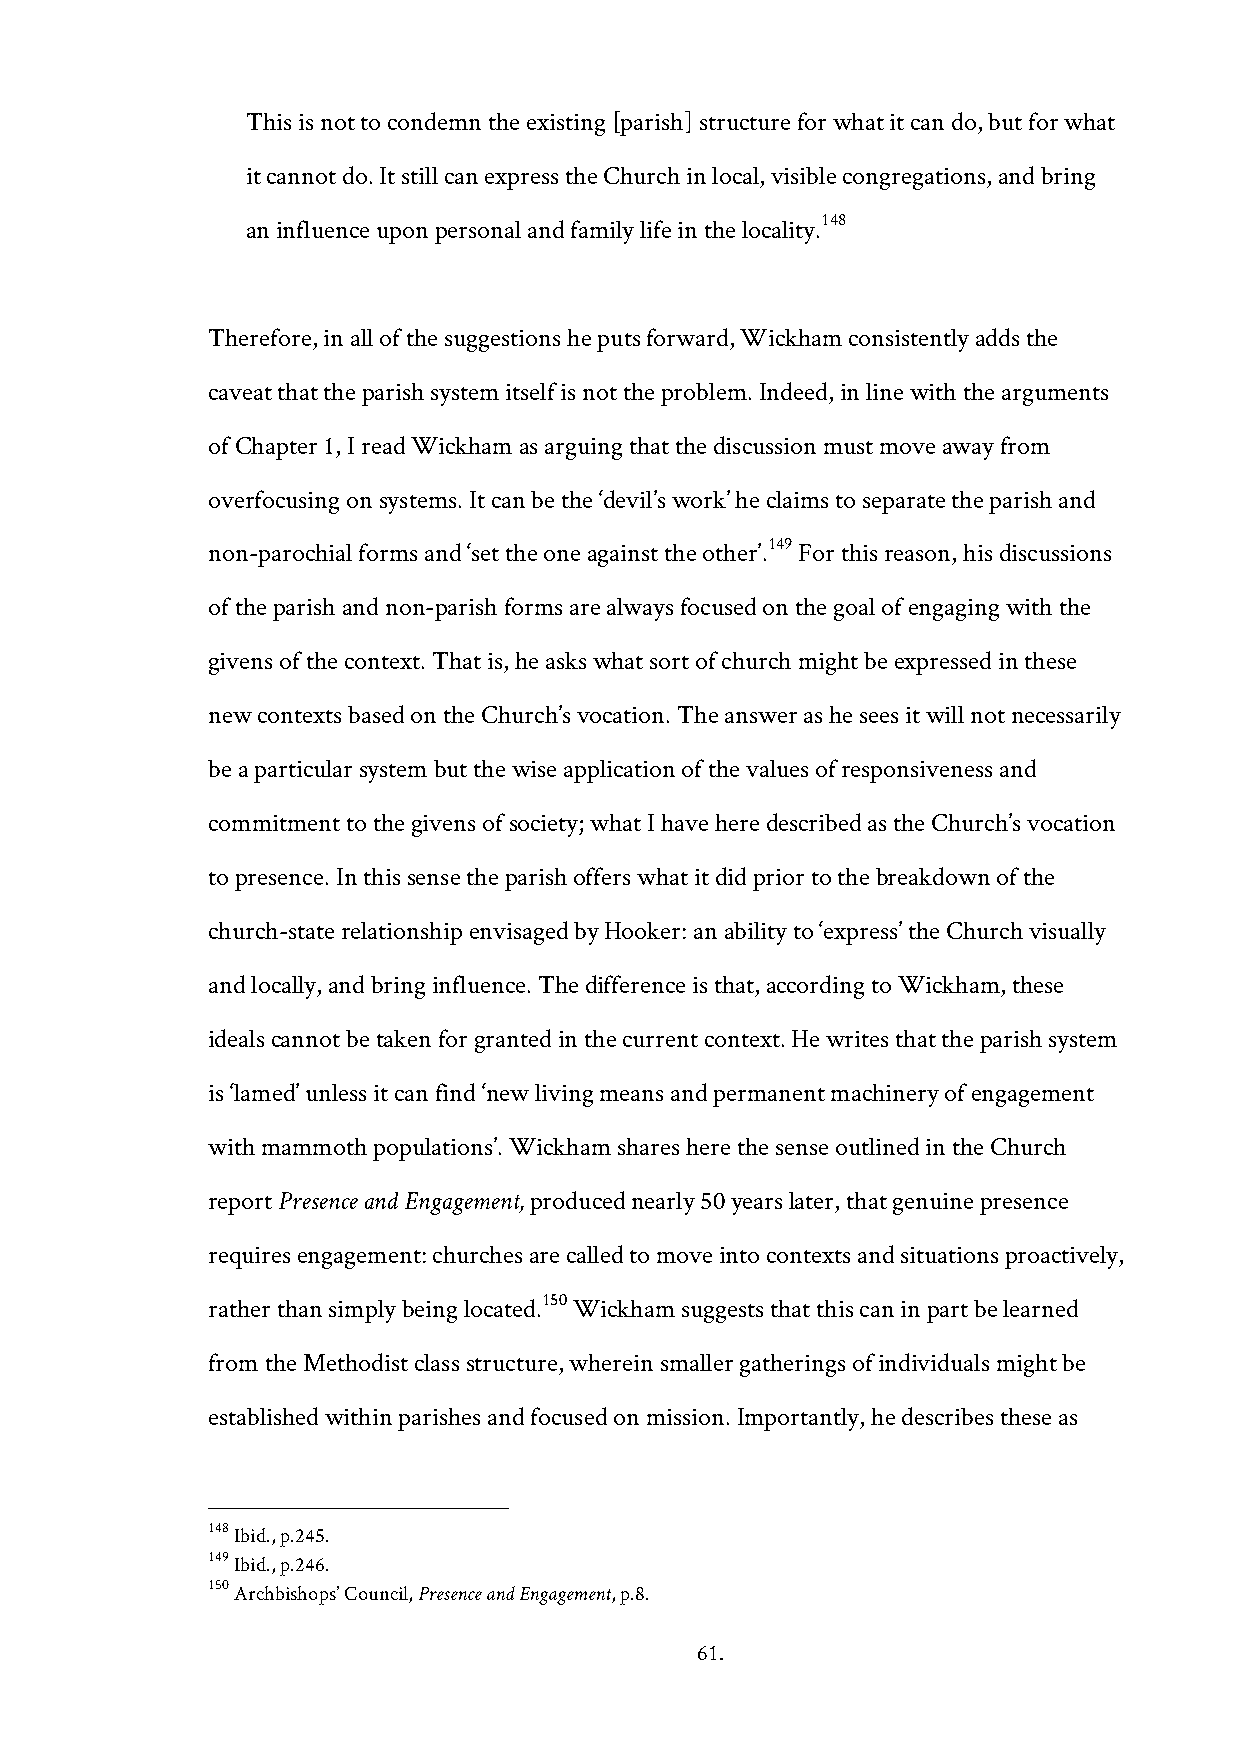
This is not to condemn the existing [parish] structure for what it can do, but for what
 it cannot do. It still can express the Church in local, visible congregations, and bring
 148
 an influence upon personal and family life in the locality.
 Therefore, in all of the suggestions he puts forward, Wickham consistently adds the
 caveat that the parish system itself is not the problem. Indeed, in line with the arguments
 of Chapter 1, I read Wickham as arguing that the discussion must move away from
 overfocusing on systems. It can be the ‘devil’s work’ he claims to separate the parish and
 149
 non-parochial forms and ‘set the one against the other’. For this reason, his discussions
 of the parish and non-parish forms are always focused on the goal of engaging with the
 givens of the context. That is, he asks what sort of church might be expressed in these
 new contexts based on the Church’s vocation. The answer as he sees it will not necessarily
 be a particular system but the wise application of the values of responsiveness and
 commitment to the givens of society; what I have here described as the Church’s vocation
 to presence. In this sense the parish offers what it did prior to the breakdown of the
 church-state relationship envisaged by Hooker: an ability to ‘express’ the Church visually
 and locally, and bring influence. The difference is that, according to Wickham, these
 ideals cannot be taken for granted in the current context. He writes that the parish system
 is ‘lamed’ unless it can find ‘new living means and permanent machinery of engagement
 with mammoth populations’. Wickham shares here the sense outlined in the Church
 report Presence and Engagement, produced nearly 50 years later, that genuine presence
 requires engagement: churches are called to move into contexts and situations proactively,
 150
 rather than simply being located. Wickham suggests that this can in part be learned
 from the Methodist class structure, wherein smaller gatherings of individuals might be
 established within parishes and focused on mission. Importantly, he describes these as
 148 Ibid., p.245.
 149 Ibid., p.246.
 150 Archbishops’ Council, Presence and Engagement, p.8.
 61.